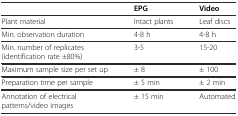
<table><thead><tr><td></td><td><b>EPG</b></td><td><b>Video</b></td></tr></thead><tbody><tr><td>Plant material</td><td>Intact plants</td><td>Leaf discs</td></tr><tr><td>Min. observation duration</td><td>4-8 h</td><td>4-8 h</td></tr><tr><td>Min. number of replicates (identification rate ±80%)</td><td>3-5</td><td>15-20</td></tr><tr><td>Maximum sample size per set up</td><td>± 8</td><td>± 100</td></tr><tr><td>Preparation time per sample</td><td>± 5 min</td><td>± 2 min</td></tr><tr><td>Annotation of electrical patterns/video images</td><td>± 15 min</td><td>Automated</td></tr></tbody></table>